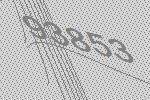
93853